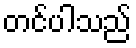
တင်ပါသည်